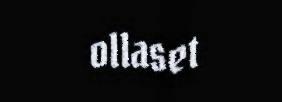
ollaset